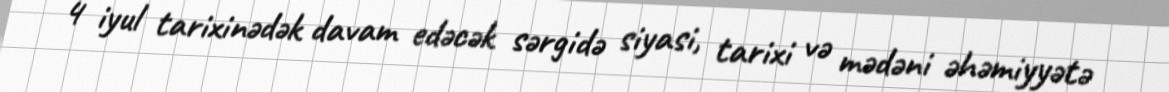
4 iyul tarixinədək davam edəcək sərgidə siyasi, tarixi və mədəni əhəmiyyətə